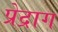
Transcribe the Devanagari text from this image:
प्रेद्राग